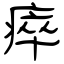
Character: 瘁